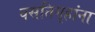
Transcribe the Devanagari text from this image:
वसतिगृहांना